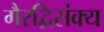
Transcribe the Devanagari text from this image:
गैरद्विसंक्य